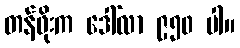
တန်ဖိုးက ဒေါ်လာ ၉၅၀ ပါ။